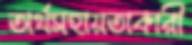
অর্থসহায়তাকারী